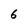
Character: 6